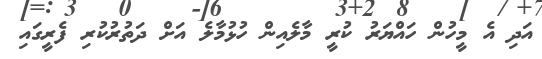
އަދި އެ މީހުން ހައްޔަރު ކުރީ މާލެއިން ހުޅުމާލެ އަށް ދަތުރުކުރި ފެރީގައި